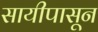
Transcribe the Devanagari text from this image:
सायीपासून